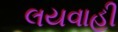
લયવાહી